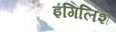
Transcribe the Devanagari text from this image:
इंगिलिश